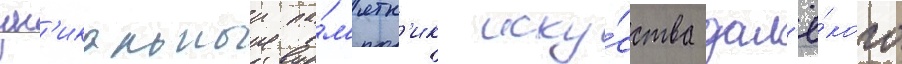
ун'икальныи па́м'ятн'ик иску́сства дал'ё́кого